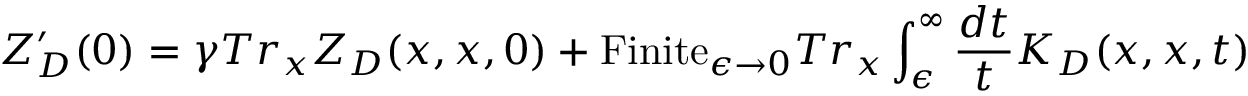
Z _ { D } ^ { \prime } ( 0 ) = \gamma T r _ { x } Z _ { D } ( x , x , 0 ) + \mathrm { F i n i t e } _ { \epsilon \to 0 } T r _ { x } \int _ { \epsilon } ^ { \infty } { \frac { d t } { t } } K _ { D } ( x , x , t )